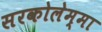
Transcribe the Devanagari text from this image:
सरकोलेम्मा